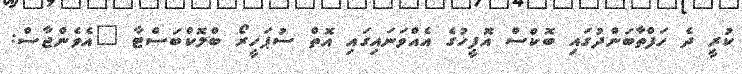
ކުރީ ދެ ހަފްތާބަންދުގައި ބޮކްސް އޮފީހުގެ އެއްވަނައިގައި އޮތް ސުޕަހީރޯ ބްލޮކްބަސްޓާ "އެވެންޖާސް: